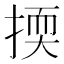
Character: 㨎